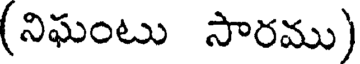
(నిఘంటు సారము)